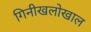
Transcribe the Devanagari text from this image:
गिनीखलोखाल